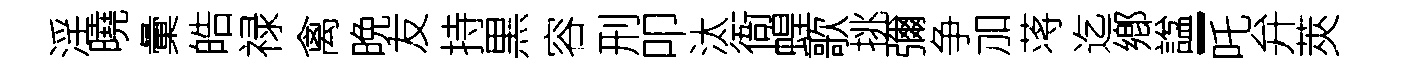
淫曉彙皓禄禽晩友持黒容刑叩汰衙蝗歌挑彌争加蒋迄鄕諡-吒弁莢